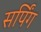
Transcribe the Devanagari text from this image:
सर्पिंग